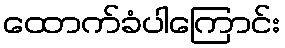
ထောက်ခံပါကြောင်း